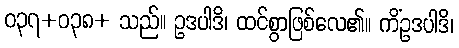
ဝ၃၇+ဝ၃၈+ သည်။ ဥဒပါဒိ၊ ထင်စွာဖြစ်လေ၏။ ကိံဥဒပါဒိ၊